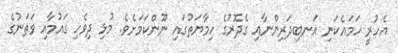
އެހުރީ ހަމައެކަނި އަނބިދަރިންނާއި ގެދޮރުގެ ހިމާޔަތުގައި ނޫންކަމަށެވެ. މުޅި ދިވެހި ގައުމާއި ވަތަނުގެ